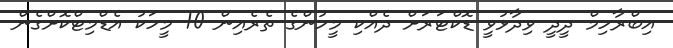
އިބްރާހިމް ދީދީ ވިދާޅުވީ ޑޮކްޓަރަށް ދެއްކި މީހުންގެ ތެރެއިން 10 މީހަކު އެޑްމިޓްކޮށްގެން